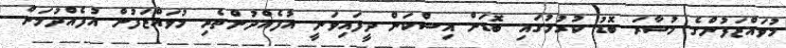
މުވައްޒަފުންގެ މުސާރަ ބޮޑު ކުރުމުގައި ބޮޑަށް އިސްކަން ދީފައިވަނީ އުފެއްދުންތެރި މުވައްޒަފުން އުފެއްދުމަށް-